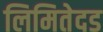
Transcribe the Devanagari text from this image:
लिमितेदड